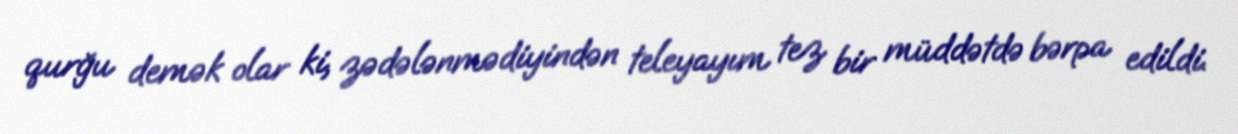
qurğu demək olar ki, zədələnmədiyindən teleyayım tez bir müddətdə bərpa edildi.